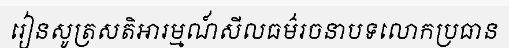
រៀនសូត្រសតិអារម្មណ៍សីលធម៌រចនាបទលោកប្រធាន